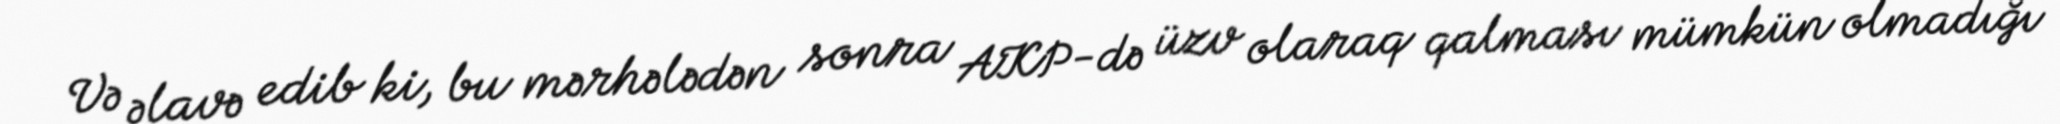
Və əlavə edib ki, bu mərhələdən sonra AKP-də üzv olaraq qalması mümkün olmadığı